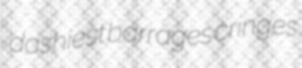
dashiest barrages cringes